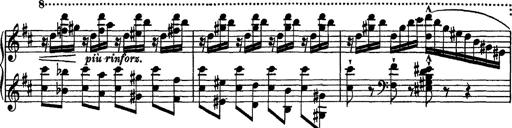
Title: Piano Sonata
Composer: Karl HÃ¤ssler
Key: C major